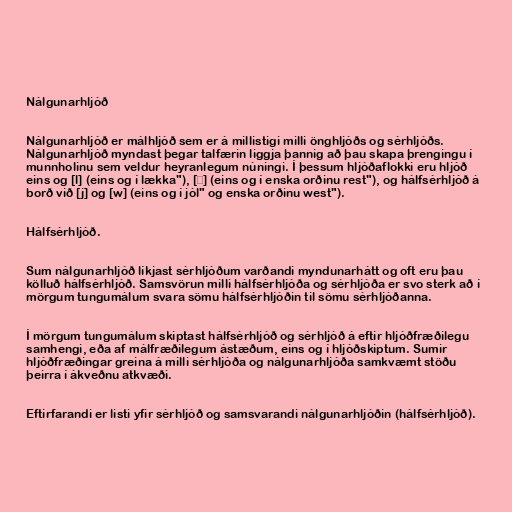
Nálgunarhljóð

Nálgunarhljóð er málhljóð sem er á millistigi milli önghljóðs og sérhljóðs.
Nálgunarhljóð myndast þegar talfærin liggja þannig að þau skapa þrengingu í
munnholinu sem veldur heyranlegum núningi. Í þessum hljóðaflokki eru hljóð
eins og [l] (eins og í lækka"), [ɹ] (eins og í enska orðinu rest"), og hálfsérhljóð á
borð við [j] og [w] (eins og í jól" og enska orðinu west").

Hálfsérhljóð.

Sum nálgunarhljóð líkjast sérhljóðum varðandi myndunarhátt og oft eru þau
kölluð hálfsérhljóð. Samsvörun milli hálfsérhljóða og sérhljóða er svo sterk að í
mörgum tungumálum svara sömu hálfsérhljóðin til sömu sérhljóðanna.

Í mörgum tungumálum skiptast hálfsérhljóð og sérhljóð á eftir hljóðfræðilegu
samhengi, eða af málfræðilegum ástæðum, eins og í hljóðskiptum. Sumir
hljóðfræðingar greina á milli sérhljóða og nálgunarhljóða samkvæmt stöðu
þeirra í ákveðnu atkvæði.

Eftirfarandi er listi yfir sérhljóð og samsvarandi nálgunarhljóðin (hálfsérhljóð).